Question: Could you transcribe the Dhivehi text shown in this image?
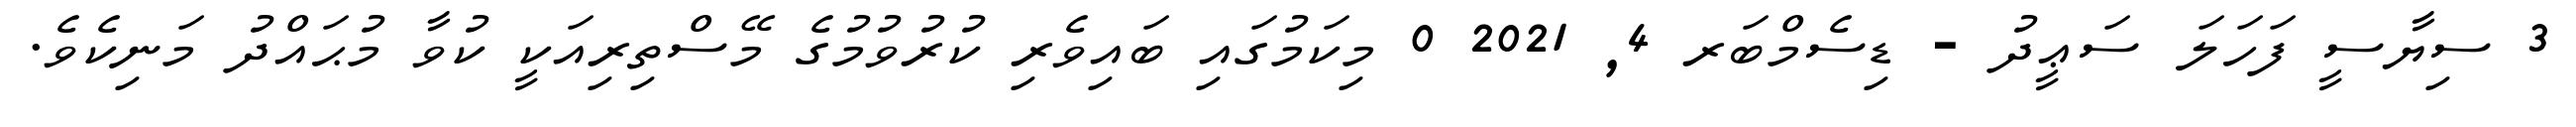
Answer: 3 ސިޔާސީ ފަހަލަ ސަޢީދު - ޑިސެމްބަރ 4, 2021 0 މިކަމުގައި ބައިވެރި ކުރުވުމުގެ މޭސްތިރިއަކީ ކުވާ މުޙައްދު މަނިކެވެ.